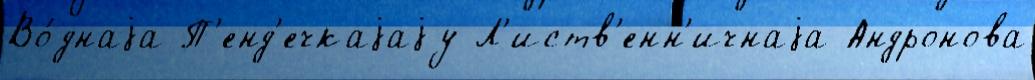
Во́днаjа П'енд'ечкаjаjу Л'иств'енн'ичнаjа Андронова